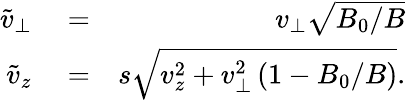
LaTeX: \begin{array}{rlr}{\tilde{v}_{\perp}}&{{}=}&{v_{\perp}\sqrt{B_{0}/B}}\\ {\tilde{v}_{z}}&{{}=}&{s\sqrt{v_{z}^{2}+v_{\perp}^{2}\left(1-B_{0}/B\right)}.}\end{array}